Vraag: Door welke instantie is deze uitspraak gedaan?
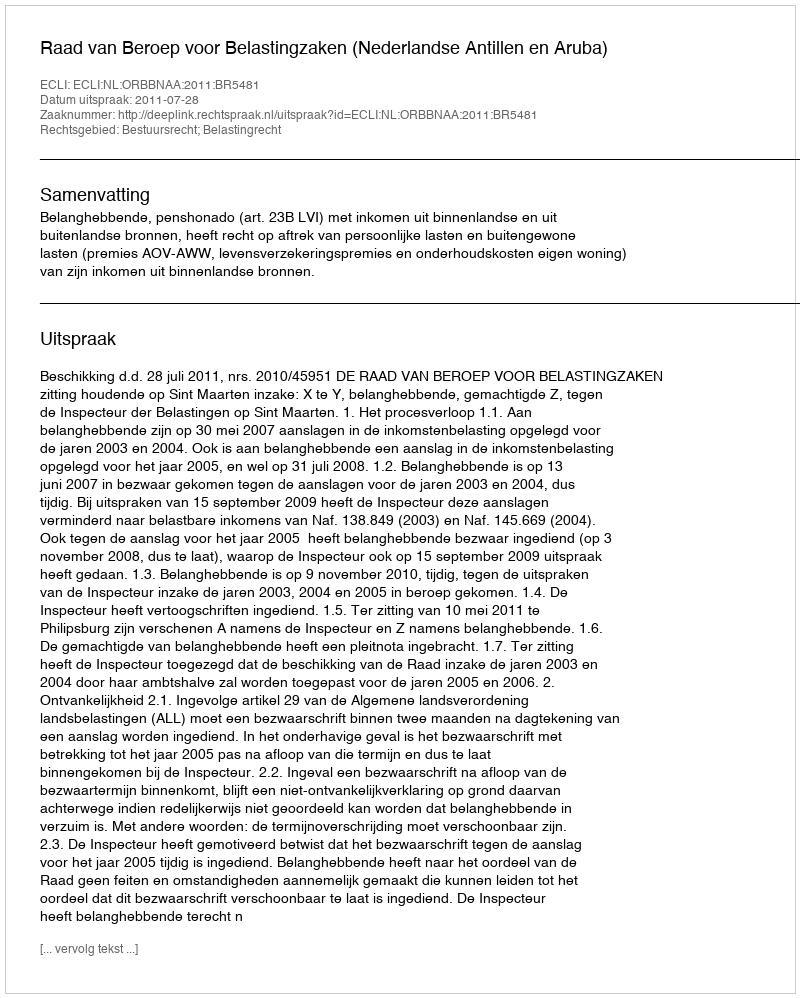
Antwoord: Raad van Beroep voor Belastingzaken (Nederlandse Antillen en Aruba)